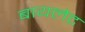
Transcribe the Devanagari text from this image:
बायलेट